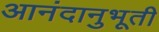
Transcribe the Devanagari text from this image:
आनंदानुभूती